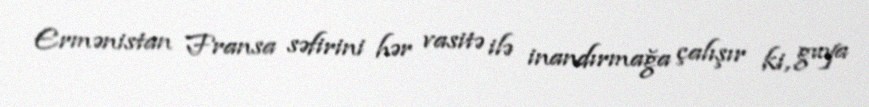
Ermənistan Fransa səfirini hər vasitə ilə inandırmağa çalışır ki, guya